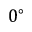
0 ^ { \circ }